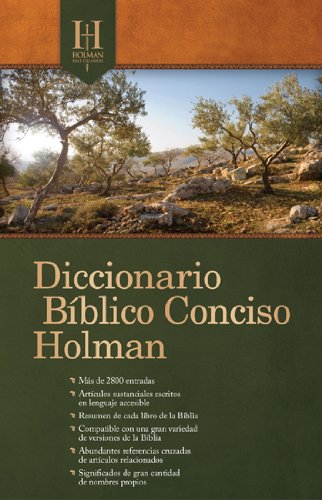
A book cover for Diccionario BÃ­blico Conciso Holman (Spanish Edition); B&H EspaÃ±ol Editorial Staff; Christian Books & Bibles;